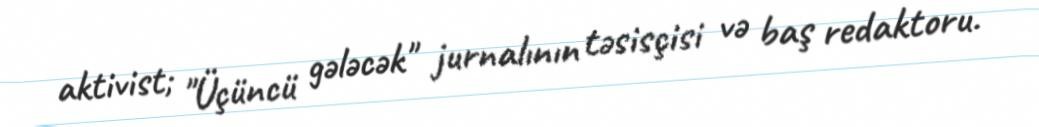
aktivist; "Üçüncü gələcək" jurnalının təsisçisi və baş redaktoru.